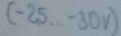
Text: (-25...-30V)